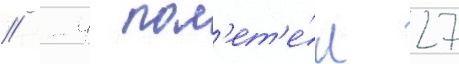
// -4 пол'ет'е́л 27